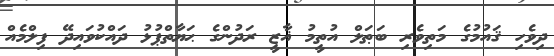
ދިވެހި ޤައުމުގެ މަތިވެރި ބަޠަލް އުތީމު ޣާޒީ ރަދުންގެ ޙަޔާތްޕުޅު ދައްކުވައިދޭ ފިލްމެއް